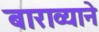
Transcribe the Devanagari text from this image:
बाराव्याने